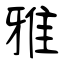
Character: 雅